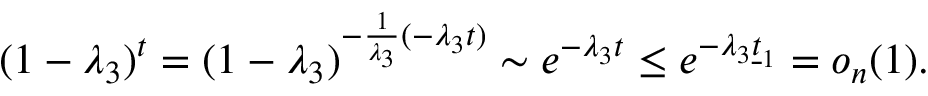
\begin{array} { r } { ( 1 - \lambda _ { 3 } ) ^ { t } = ( 1 - \lambda _ { 3 } ) ^ { - \frac { 1 } { \lambda _ { 3 } } ( - \lambda _ { 3 } t ) } \sim e ^ { - \lambda _ { 3 } t } \le e ^ { - \lambda _ { 3 } \underline { { t } } _ { 1 } } = o _ { n } ( 1 ) . } \end{array}